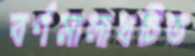
বর্ণমালাখচিত